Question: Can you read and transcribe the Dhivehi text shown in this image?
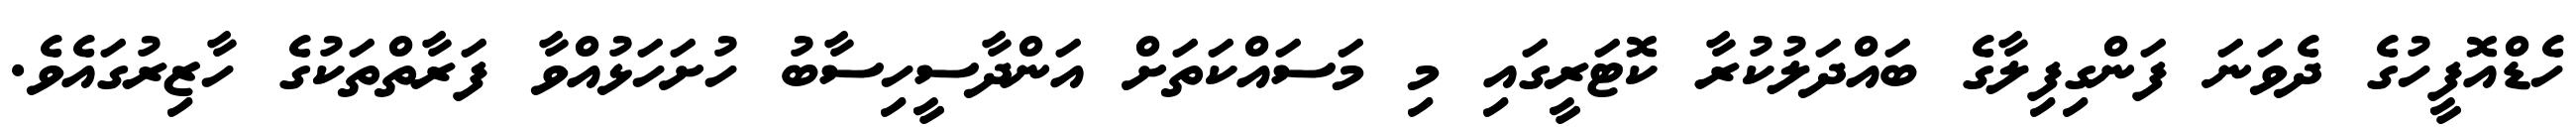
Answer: ހެޑްއޮފީހުގެ ދެވަނަ ފަންގިފިލާގެ ބައްދަލުކުރާ ކޮޓަރީގައި މި މަސައްކަތަށް އަންދާސީހިސާބު ހުށަހަޅުއްވާ ފަރާތްތަކުގެ ހާޒިރުގައެވެ.